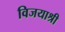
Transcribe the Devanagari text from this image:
विजयाश्री